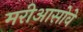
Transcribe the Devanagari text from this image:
मरीआसोवे